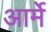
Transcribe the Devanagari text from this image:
आर्मे